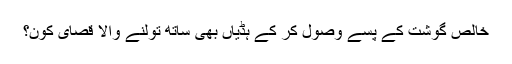
خالص گوشت کے پسے وصول کر کے ہڈیاں بھی ساتھ تولنے والا قصای کون؟